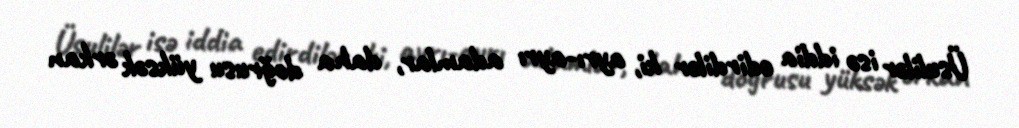
Üsulilər isə iddia edirdilər ki, ayrı-ayrı adamlar, daha doğrusu yüksək ərkan